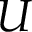
U